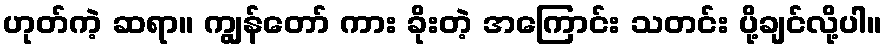
ဟုတ်ကဲ့ ဆရာ။ ကျွန်တော် ကား ခိုးတဲ့ အကြောင်း သတင်း ပို့ချင်လို့ပါ။